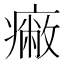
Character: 𤺓